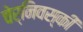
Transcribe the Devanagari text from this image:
चेर्निवस्की